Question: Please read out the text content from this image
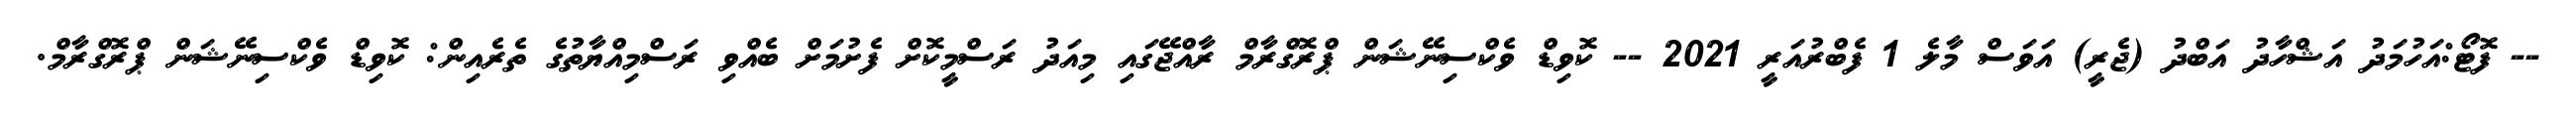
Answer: -- ފޮޓޯ:އަހުމަދު އަޝްހާދު އަބްދު (ޖެރީ) އަވަސް މާލެ 1 ފެބްރުއަރީ 2021 -- ކޮވިޑް ވެކްސިނޭޝަން ޕްރޮގްރާމް ރާއްޖޭގައި މިއަދު ރަސްމީކޮށް ފެށުމަށް ބެއްވި ރަސްމިއްޔާތުގެ ތެރެއިން: ކޮވިޑް ވެކްސިނޭޝަން ޕްރޮގްރާމް.